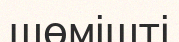
шөмішті